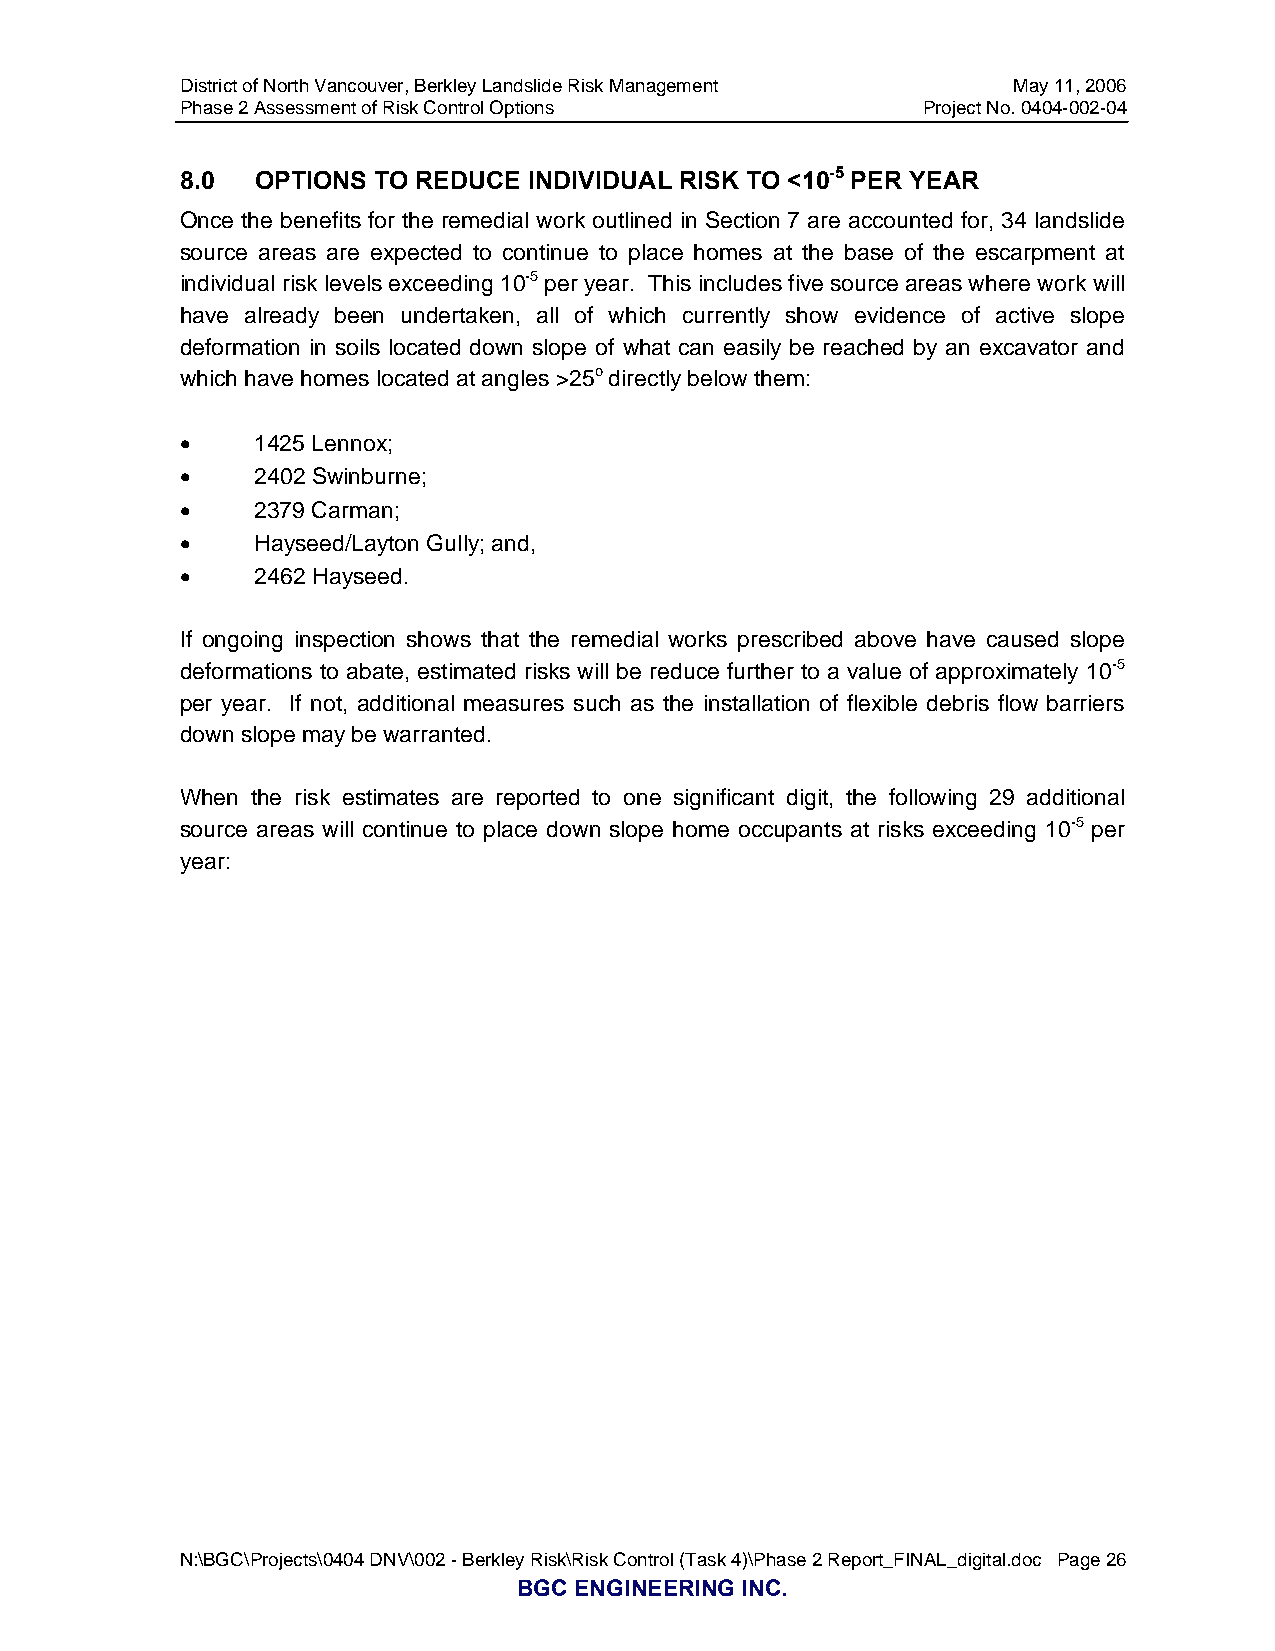
District of North Vancouver, Berkley Landslide Risk Management May 11, 2006
 Phase 2 Assessment of Risk Control Options       Project No. 0404-002-04
 8.0  OPTIONS TO REDUCE INDIVIDUAL RISK TO <10-5 PER YEAR
 Once the benefits for the remedial work outlined in Section 7 are accounted for, 34 landslide
 source areas are expected to continue to place homes at the base of the escarpment at
 individual risk levels exceeding 10-5 per year. This includes five source areas where work will
 have already been undertaken, all of which currently show evidence of active slope
 deformation in soils located down slope of what can easily be reached by an excavator and
 which have homes located at angles >25o directly below them:
 •    1425 Lennox;
 •    2402 Swinburne;
 •    2379 Carman;
 •    Hayseed/Layton Gully; and,
 •    2462 Hayseed.
 If ongoing inspection shows that the remedial works prescribed above have caused slope
 deformations to abate, estimated risks will be reduce further to a value of approximately 10-5
 per year. If not, additional measures such as the installation of flexible debris flow barriers
 down slope may be warranted.
 When the risk estimates are reported to one significant digit, the following 29 additional
 source areas will continue to place down slope home occupants at risks exceeding 10-5 per
 year:
 N:\BGC\Projects\0404 DNV\002 - Berkley Risk\Risk Control (Task 4)\Phase 2 Report_FINAL_digital.doc Page 26
 BGC ENGINEERING INC.